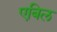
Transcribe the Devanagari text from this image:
एबिल